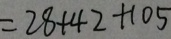
= 2 8 + 4 2 + 1 0 5